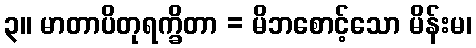
၃။ မာတာပိတုရက္ခိတာ = မိဘစောင့်သော မိန်းမ၊